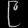
Digit: ၉